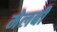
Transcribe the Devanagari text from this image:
मेलबी